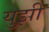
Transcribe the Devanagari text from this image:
युझी